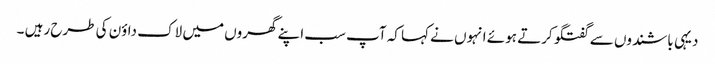
دیہی باشندوں سے گفتگو کرتے ہوئے انہوں نے کہا کہ آپ سب اپنے گھروں میں لاک داؤن کی طرح رہیں ۔